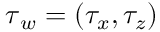
{ \boldsymbol \tau } _ { w } = ( \tau _ { x } , \tau _ { z } )